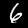
Digit: 6